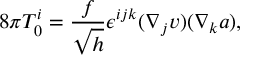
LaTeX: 8 \pi T _ { 0 } ^ { i } = \frac { f } { \sqrt { h } } \epsilon ^ { i j k } ( \nabla _ { j } v ) ( \nabla _ { k } a ) ,